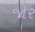
જોર